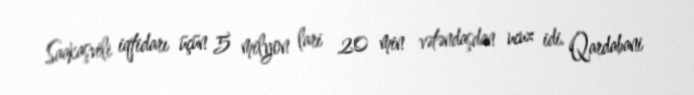
Saakaşvili iqtidarı üçün 5 milyon lari 20 min vətəndaşdan ucuz idi. Qardabani